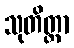
သုတိတ္ထာ